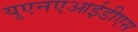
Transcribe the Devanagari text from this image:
युएनएआईडीएस